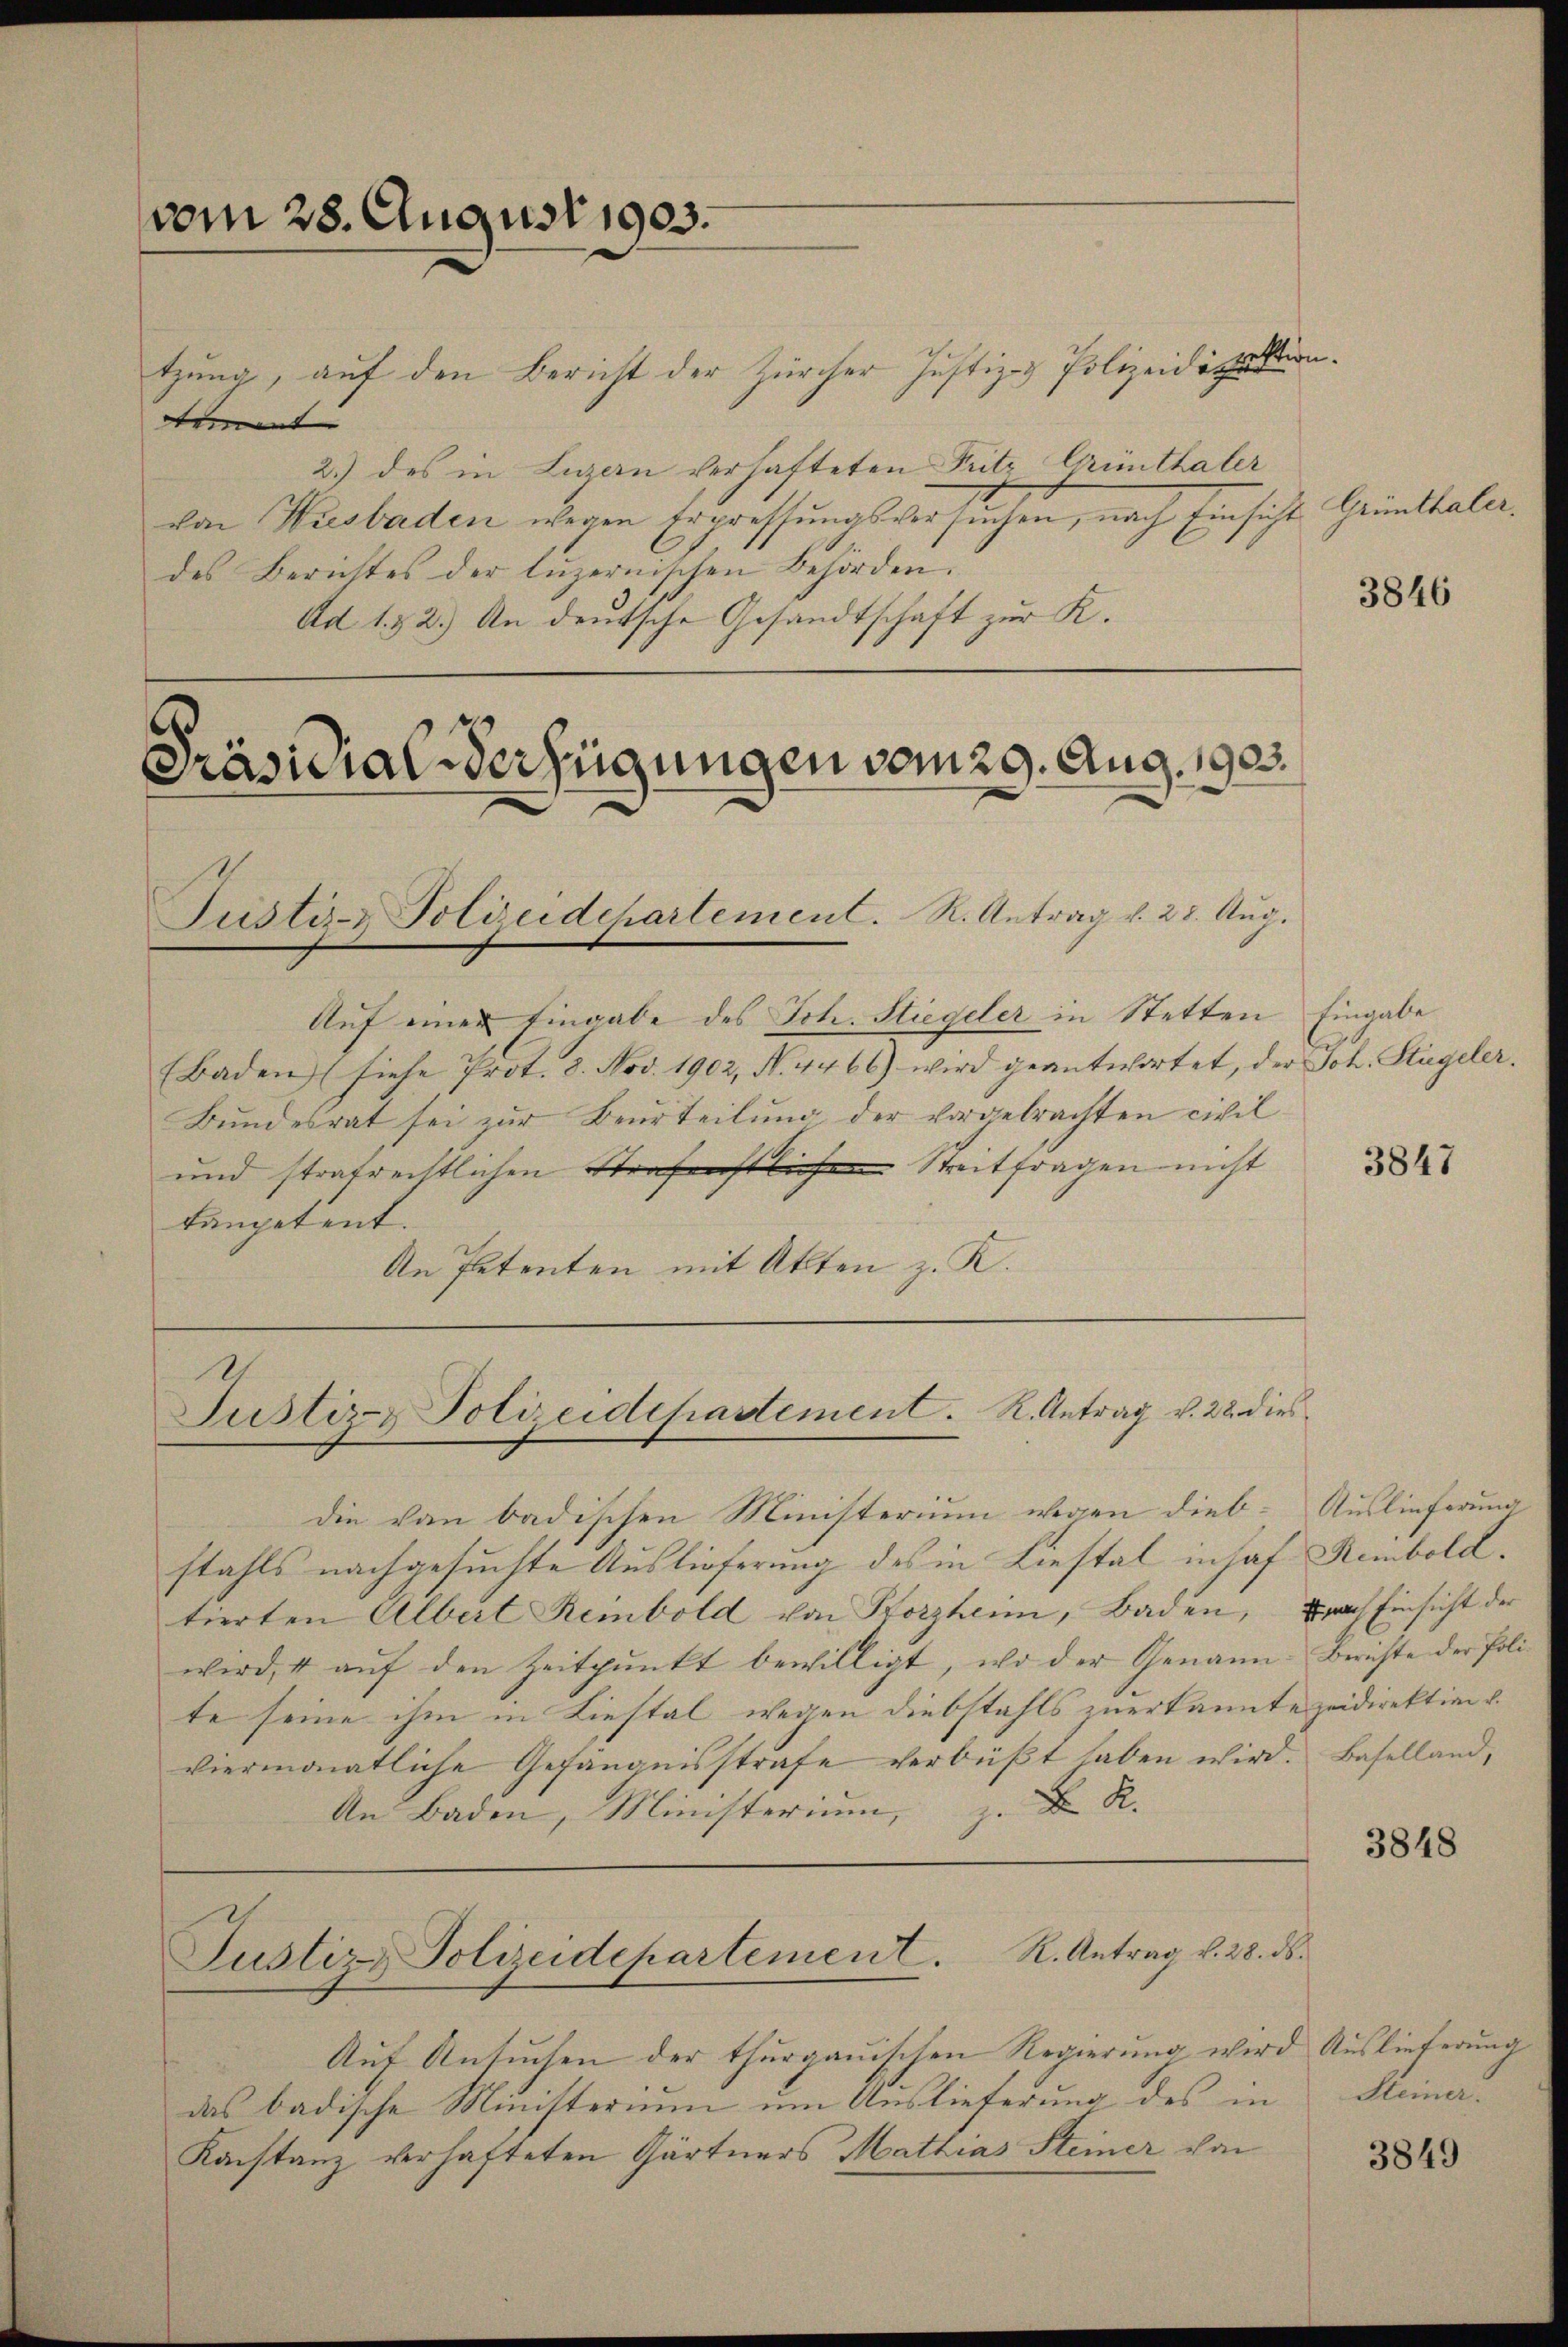
vom 28. August 1903.

tzung, auf den Bericht der Zürcher Justiz- & Polizeidiguniment
2.) des in Luzern verhafteten Fritz Günthaler
von Wisbaden wegen Erpressungsversuchen, nach Einsicht Grünthaler.
des Berichtes der luzernischen Behörden.
Ad 1. 52.) An deutsche Gesandtschaft zur K.

Präsidial-Verfügungen vom 29. Aug. 1903.
Justiz- Polieidchartement. R. Antrag v. 28. Aug.

Auf einer Eingabe des Joh. Stiegeler in Stetten Eingabe
(Baden (siehe Prot. 8. Nov. 1902, N. 4466) wird geantwortet, der Joh. Stiegeler.
Bundesrat sei zur Beurteilung der vorgebrachten civil
und strafrechtlichen Strafenstlichen Streitfragen nicht
tompetent.
An Petenten mit Akten z. K.

s
Justiz & Polizeidepartement. R. Antrag v. 22. dies

Justiz-Polizeidepartement. R. Antrag v. 28. ds.

die von badischen Ministerium wann dies-Auslieferung
stahls nachgesuchte Auslieferung des in Liestal inhaf Rembold.
tierten Albert Reinbold von Pforzheim, Baden, nach Einsicht der
wird, 4 auf den Zeitpunkt bewilligt, wo der Genann- Berichte der Polite seine ihm in Liestal wegen diebstahls zuerkannte zeidirektion d.
viermonatliche Gefängnisstrafe verbüßt haben wird. Baselland,
An Baden, Ministerium, z. R.

Auf Ansuchen der thurgauischen Regierung wird Auslieferung
das badische Ministerium um Auslieferung des in Steine
Konstanz verhafteten Gärtners Mathias Steiner von

3846

3847

3848

3849